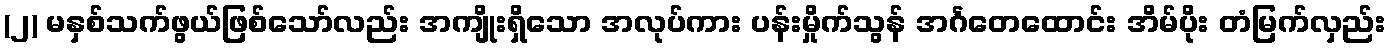
(၂) မနှစ်သက်ဖွယ်ဖြစ်သော်လည်း အကျိုးရှိသော အလုပ်ကား ပန်းမှိုက်သွန် အင်္ဂတေထောင်း အိမ်ပိုး တံမြက်လှည်း